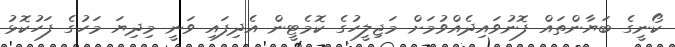
ކޯނީގެ ބަޔާންތައް ފޮނުވައިދެއްވުމަށް މަޖިލީހުގެ ކޮމެޓީން އެދިފައި ވަނީ މިދިޔަ މަހުގެ ފަހުކޮޅު